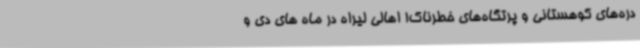
دره‌های کوهستانی و پرتگاه‌های خطرناک! اهالی لیراه در ماه های دی و